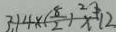
3 . 1 4 \times ( \frac { 8 } { 2 } ) ^ { 2 } x - 1 2